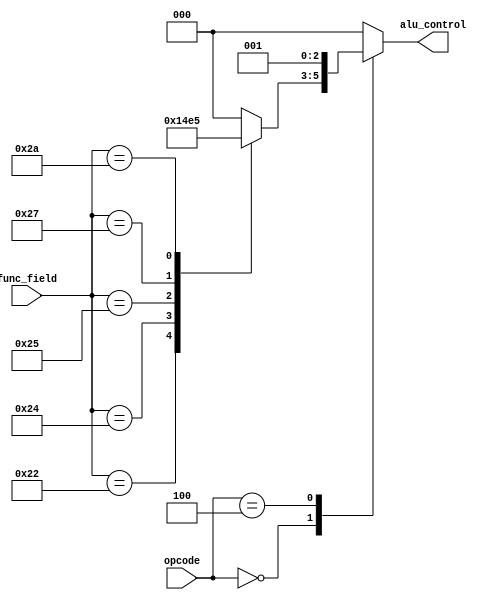
module ALU_Control(opcode, func_field, alu_control);

input [5:0] opcode;
input [5:0] func_field;
output reg [2:0] alu_control;
reg [2:0] func_code;

//Implements
// opcode   func_field  Operation  --Output (sends this number to alu_core)
// h00      h20         ADD        --(alu_control 0)
// h00      h22         SUB        --(alu_control 1)
// h00      h24         AND        --(alu_control 2)
// h00      h25         OR         --(alu_control 3)
// h00      h27         NOR        --(alu_control 4)
// h00      h2A         SLT        --(alu_control 5)
// h23      ---         LW         --(alu_control 0)
// h2B      ---         SW         --(alu_control 0)
// h04      ---         BEQ        --(alu_control 1)

always @ (*) //Always at any change, evaluate everything
begin
    case (func_field)
    6'h20: func_code = 3'h0; //6'h20 here means take input of 6 bit number declared as hex number 20, aka 18 in decimal or 010010 in binary
    6'h22: func_code = 3'h1; //the 3'h1 part means assign func_code to be the 3 bit number declared as hex 1, aka decimal 1, or 000001 in binary
    6'h24: func_code = 3'h2;
    6'h25: func_code = 3'h3;
    6'h27: func_code = 3'h4;
    6'h2A: func_code = 3'h5;
    default: func_code = 3'h0;
    endcase

    case (opcode)
    6'h00: alu_control = func_code; //Copy whatever the func_code was assigned
    6'h04: alu_control = 3'h1;      //Function code is subtract, operation is brance on equal to
    6'h23: alu_control = 3'h0;      //Function code is add. Operation is load word
    6'h2B: alu_control = 3'h0;      //Function code is add. Operation is store word
    default: alu_control = 3'h0;
    endcase
end

endmodule